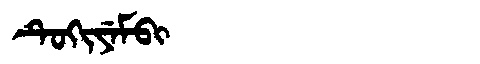
Manchu: ᡨᡠᡴᡳᠶᡝᠮᠪᡳ
Romanization: TUKIYEMBI